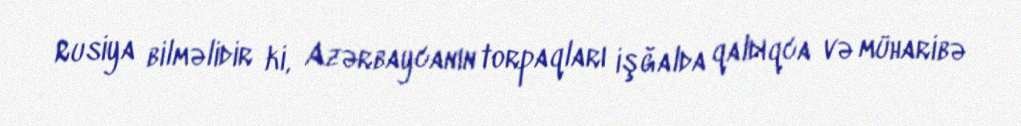
Rusiya bilməlidir ki, Azərbaycanın torpaqları işğalda qaldıqca və müharibə